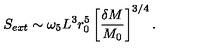
S _ { e x t } \sim \omega _ { 5 } L ^ { 3 } r _ { 0 } ^ { 5 } \left[ { \frac { \delta M } { M _ { 0 } } } \right] ^ { 3 / 4 } .